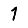
Digit: 1